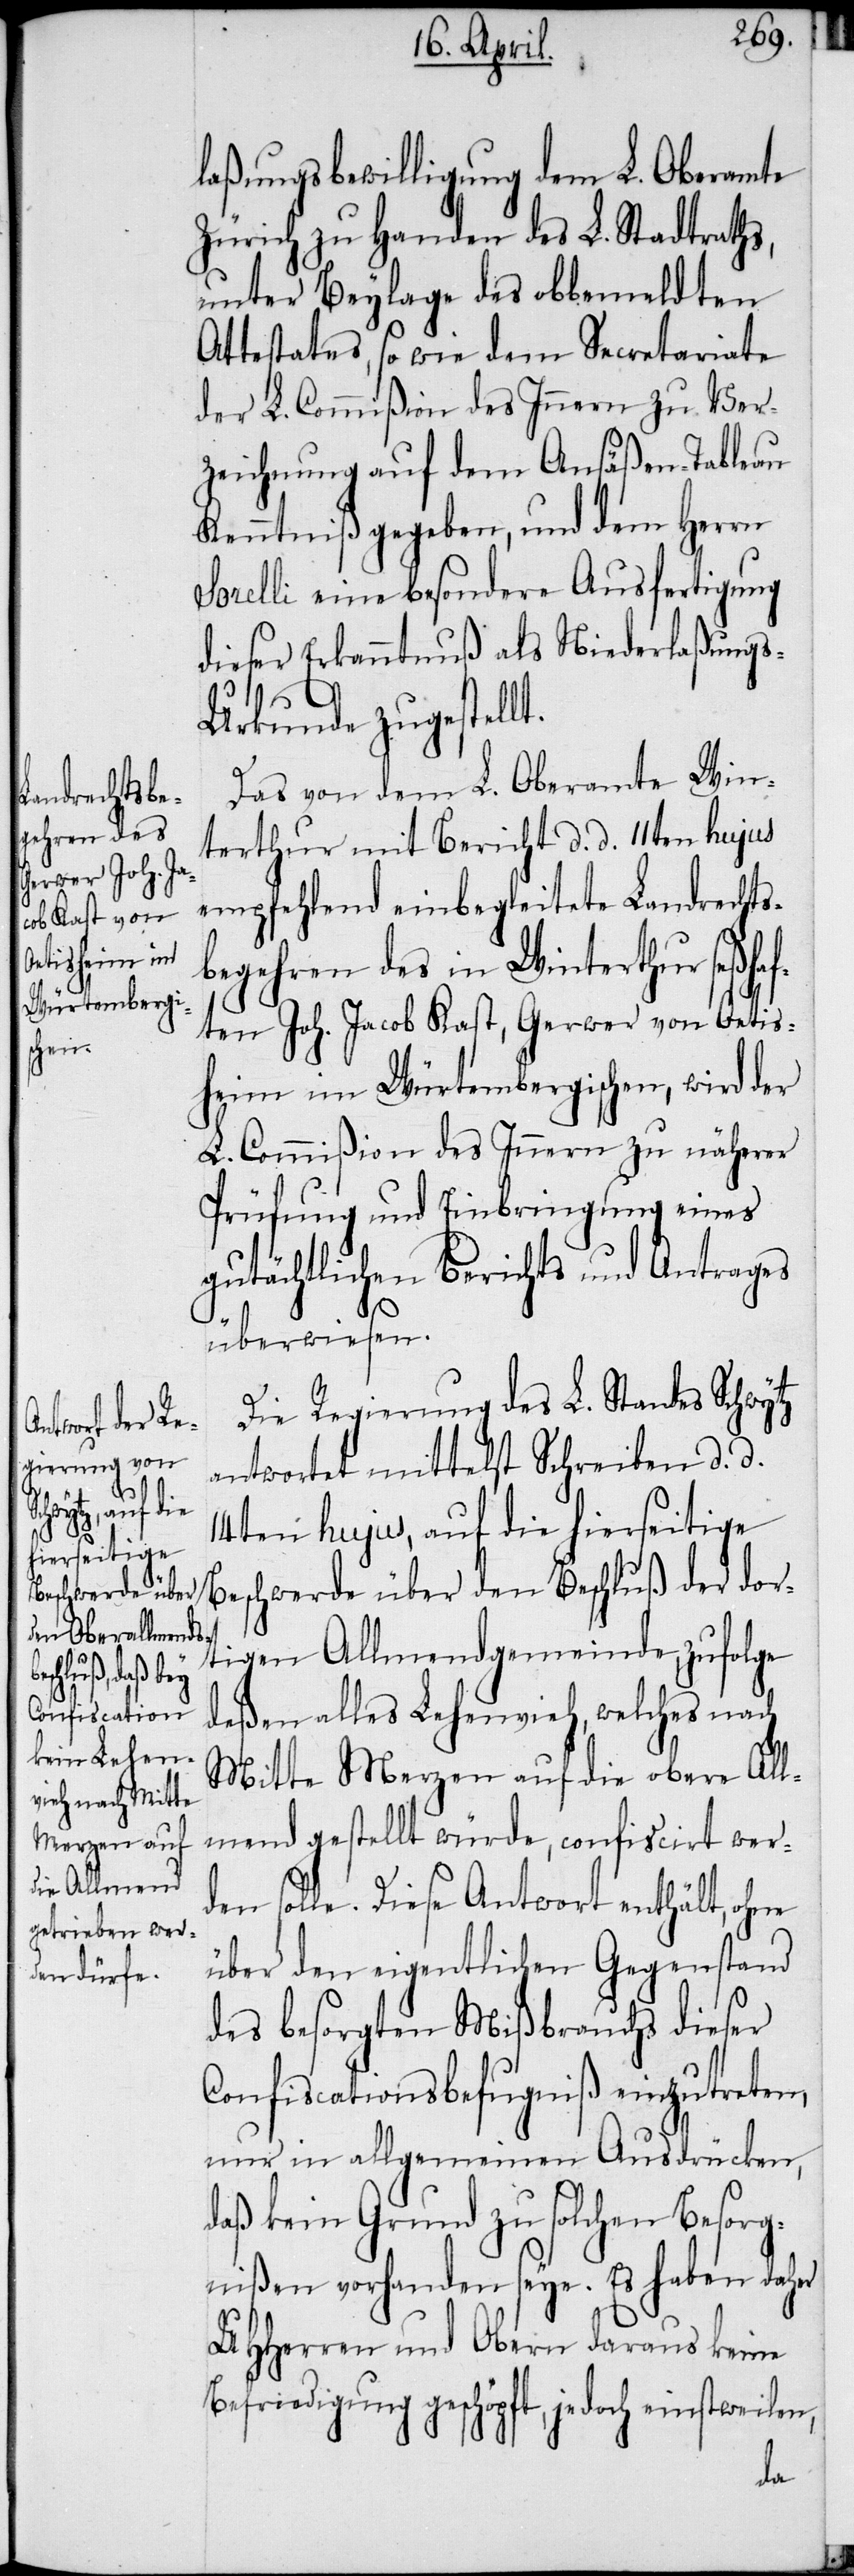
laßungsbewilligung dem L. Oberamte
Zürich zu Handen des L. Stadtraths,
unter Beylage des obbemeldten
Attestates, so wie dem Secretariate
der L. Commißion des Innern zur Ver¬
zeichnung auf dem Ansäßen-Tableau
Kenntniß gegeben, und dem Herrn
Sorelli eine besondere Ausfertigung
dieser Erkanntnuß als Niederlaßung¬
s-Urkunde zugestellt.
Das von dem L. Oberamte Win¬
terthur mit Bericht d. d. 11ten hujus
empfehlend einbegleitete Landrechts¬
begehren des in Winterthur seßhaf¬
ten Joh. Jacob Kast, Gerwer von Oetis¬
heim im Würtembergischen, wird der
L. Commißion des Innern zu näherer
Prüfung und Einbringung eines
gutächtlichen Berichts und Antrages
überwiesen.
Die Regierung des L. Standes Schwytz
antwortet mittelst Schreiben d. d.
14ten hujus, auf die hierseitige
Beschwerde über den Beschluß der dor¬
tigen Allmendgemeinde, zufolge
deßen alles Lehenvieh, welches nach
Mitte Merzen auf die obere All¬
mend gestellt würde, confiscirt wer¬
den solle. Diese Antwort enthält, ohne
über den eigentlichen Gegenstand
des besorgten Mißbrauchs dieser
Confiscationsbefugniß einzutreten,
nur in allgemeinen Ausdrücken,
daß kein Grund zu solchen Besorg¬
nißen vorhanden seye. Es haben daher
UHHerren und Obern daraus keine
Befriedigung geschöpft, jedoch einstweilen,